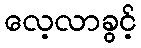
လေ့လာခွင့်